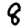
Digit: 8